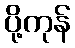
ပို့ကုန်